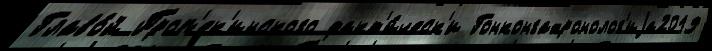
Главо́й Проп'ек'инского факт'и́ческ'и Гонконгахронолог'иjа2019